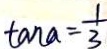
\tan a = \frac { 1 } { 3 }